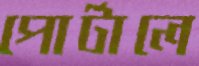
পোর্টালে